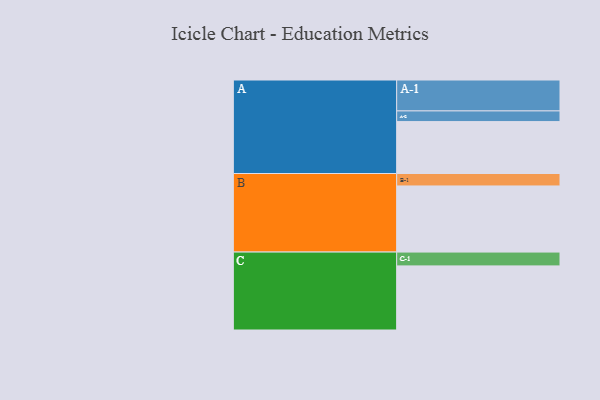
{"axis": {"x": "Segment", "y": "Value"}, "legend": ["", "A", "B", "C"], "data": [{"x": "A", "y": 413, "type": ""}, {"x": "B", "y": 526, "type": ""}, {"x": "C", "y": 510, "type": ""}, {"x": "A-1", "y": 246, "type": "A"}, {"x": "A-2", "y": 85, "type": "A"}, {"x": "B-1", "y": 99, "type": "B"}, {"x": "C-1", "y": 110, "type": "C"}]}